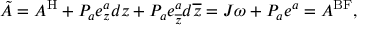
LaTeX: \tilde { A } = A ^ { \mathrm { H } } + P _ { a } e _ { z } ^ { a } d z + P _ { a } e _ { \overline { { { z } } } } ^ { a } d \overline { { { z } } } = J \omega + P _ { a } e ^ { a } = A ^ { \mathrm { B F } } ,